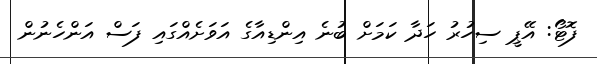
ފޮޓޯ: އޭޕީ ސިހުރު ހަދާ ކަމަށް ބުނެ އިންޑިއާގެ އަވަށެއްގައި ފަސް އަންހެނުން